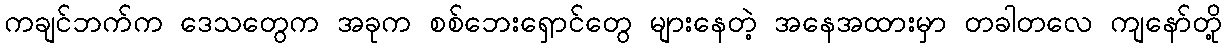
ကချင်ဘက်က ဒေသတွေက အခုက စစ်ဘေးရှောင်တွေ များနေတဲ့ အနေအထားမှာ တခါတလေ ကျနော်တို့